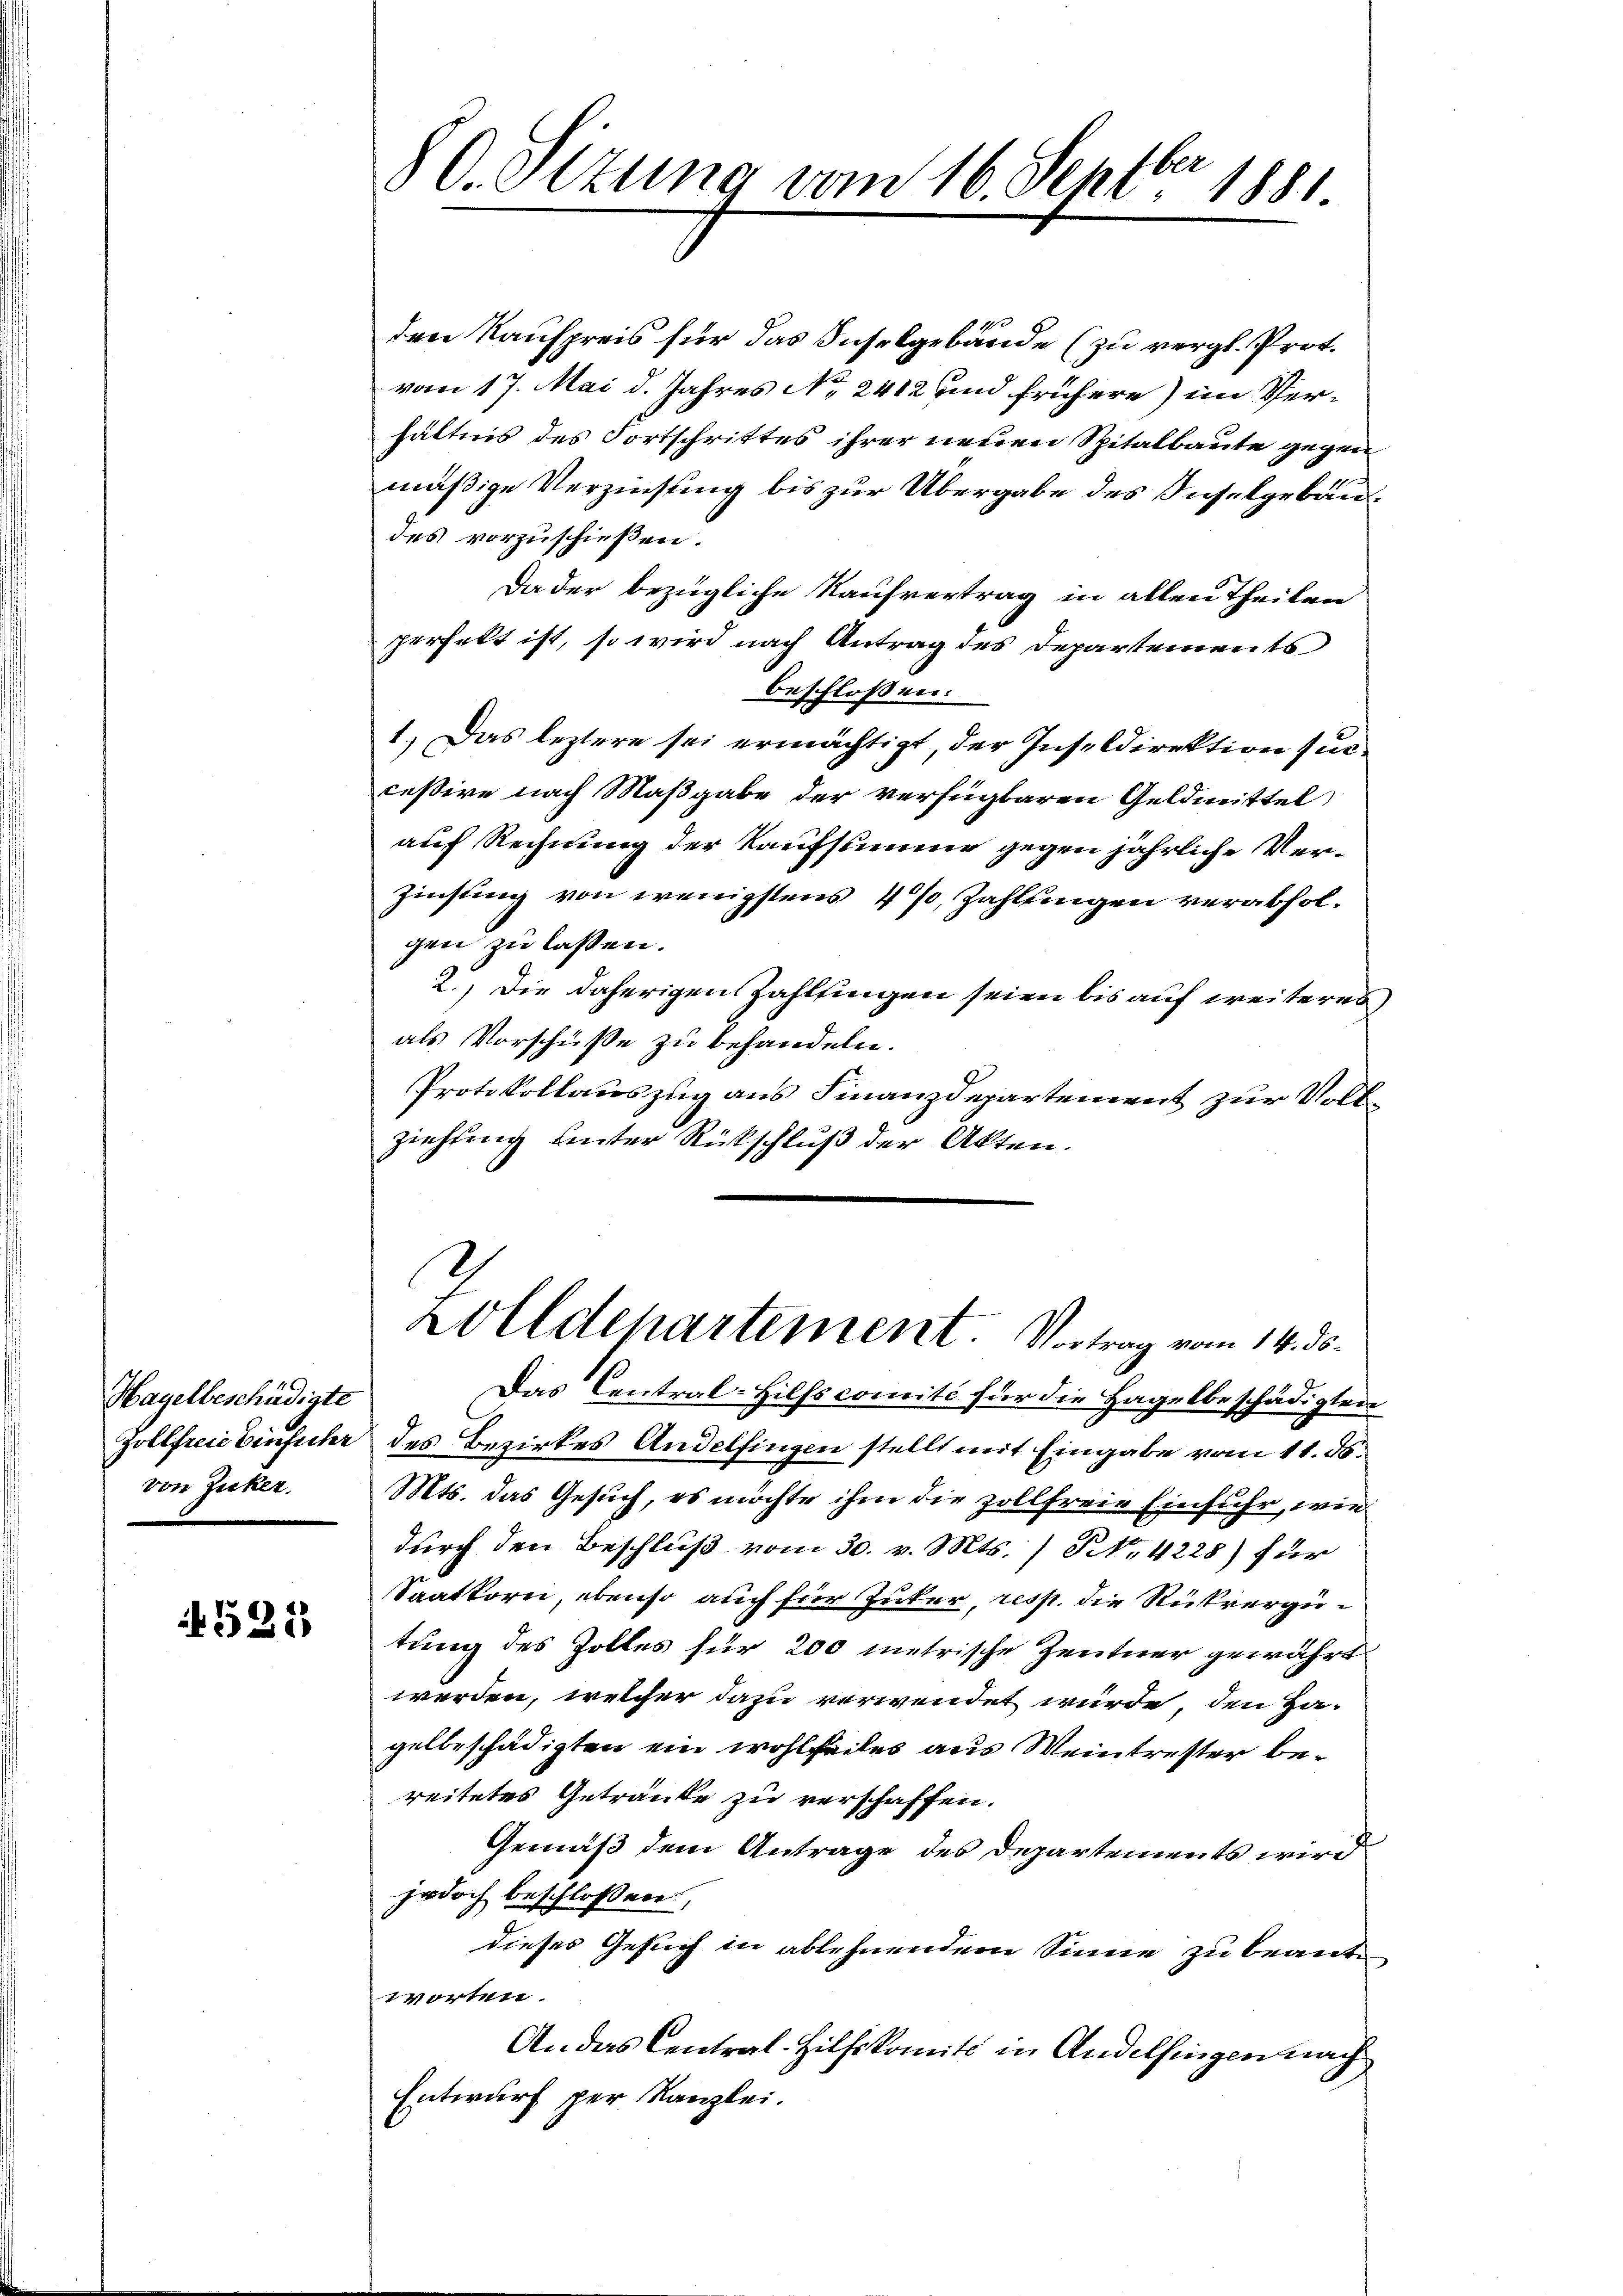
Hagelbeschädigte
von Zucker.

4525

1900
den Kaufpreis für das Inselgebäude (zu vergl. Prot.
vom 17. Mai d. Jahres No 2412 und frühere) im Verhältnis des Fortschrittes ihrer neuen Spitalbaute gegen
mäßige Verzinsung bis zur Übergabe des Inselgebäudes vorzuschießen.
Da der bezügliche Kaufvertrag in allen Theilen
perfelt ist, so wird nach Antrag des Departements
beschlossen:
1.) Das leztere sei ermächtigt, der Inseldirektion suc
cessire nach Maßgabe der verfügbaren Geldmittel
auf Rechnung der Kaufsumme gegen jährliche Ver¬
Zinstung von wenigstens 4%, Zahlungen verabfolgen zu lassen.
2.) Die daherigen Zahlfingen seien bis auf weiteres
als Vorschüße zu behandeln.
Protokollauszug aus Finanzdepartement zur Vollziehung unter Rückschluß der Akten.

O.Otzung vom 16. Septbr 1881.

Zolldepartement. Vortrag vom 14. ds.

Das Central-Hilfscomité für die Hagelbeschädigten
Zollfreie Einfuhr des Bezirkes Andelfingen stellt mit Eingabe vom 11. ds.
Mts. das Gesuch, es möchte ihm die zollfreie Einfuhr, wie
durch den Beschluß vom 30. v. Mts. / No. 4225) für
Saatkorn, ebenso auch für Zuker, resp. die Rückvergütung des Zolles für 200 metrische Zentner gewährt
werden, welcher dazu verwendet würde, den Ha-
gelbeschädigten ein wohltheiles aus Weintretter bereitetes Getränke zu verschaffen.
Gemäß dem Antrage des Departements wird
jedoch beschloßen,
dieses Gesuch in ablehnendem Sinne zu beant-
Worten.
An das Central-Hilfskomité in Andelfingen nach
Entwurf per Kanzlei.